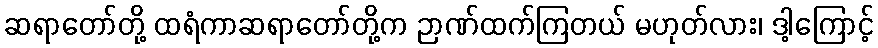
ဆရာတော်တို့ ထရံကာဆရာတော်တို့က ဉာဏ်ထက်ကြတယ် မဟုတ်လား၊ ဒါ့ကြောင့်